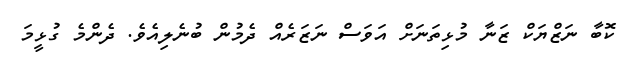
ކޮބާ ނަޒްޔަކް ޒަނާ މުޅިތަނަށް އަވަސް ނަޒަރެއް ދެމުން ބުނެލިއެވެ. ދެންމެ ގުޅީމަ